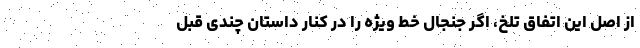
از اصل این اتفاق تلخ، اگر جنجال خط ویژه را در کنار داستان چندی قبل